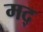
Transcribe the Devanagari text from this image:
मद्